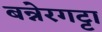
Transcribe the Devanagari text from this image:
बन्नेरगट्टा